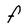
Character: F